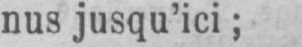
nus jusqu’ici;